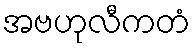
အဗဟုလီကတံ